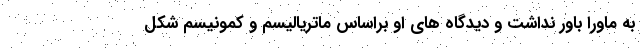
به ماورا باور نداشت و دیدگاه های او براساس ماتریالیسم و کمونیسم شکل